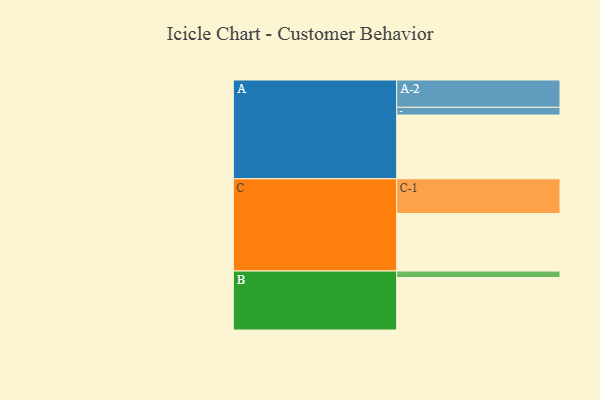
{"axis": {"x": "Segment", "y": "Value"}, "legend": ["", "A", "B", "C"], "data": [{"x": "A", "y": 544, "type": ""}, {"x": "B", "y": 448, "type": ""}, {"x": "C", "y": 491, "type": ""}, {"x": "A-1", "y": 66, "type": "A"}, {"x": "A-2", "y": 233, "type": "A"}, {"x": "B-1", "y": 55, "type": "B"}, {"x": "C-1", "y": 296, "type": "C"}]}